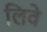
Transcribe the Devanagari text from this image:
लिवे